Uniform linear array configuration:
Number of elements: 24
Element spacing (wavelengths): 1
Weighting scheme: binomial
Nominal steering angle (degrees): -30
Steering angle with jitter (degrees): -29.12
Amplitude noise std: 0.05
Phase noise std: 0.05

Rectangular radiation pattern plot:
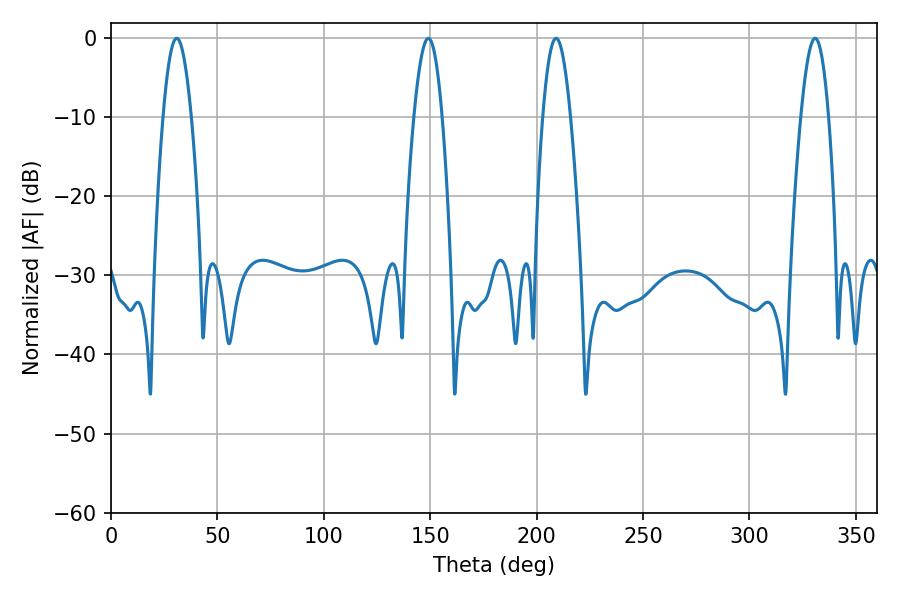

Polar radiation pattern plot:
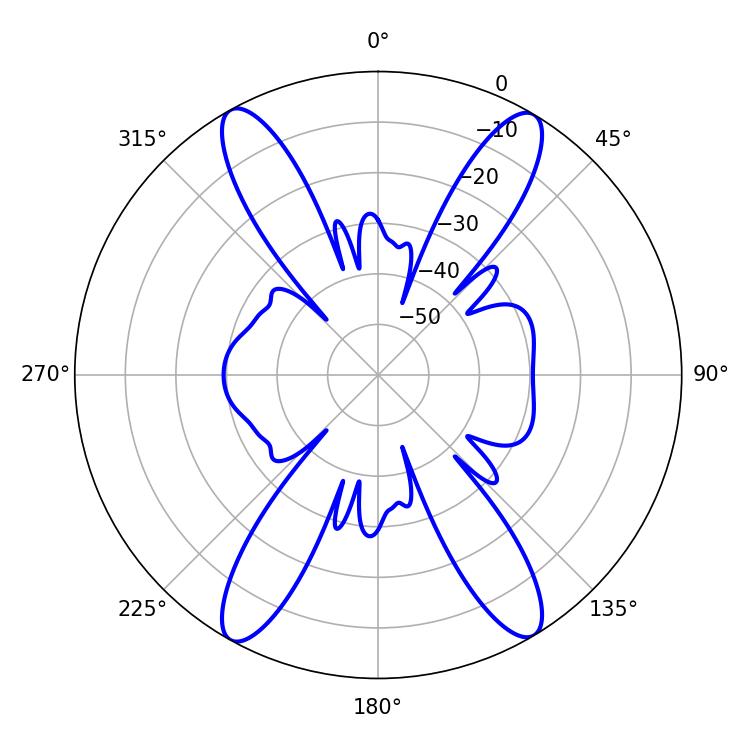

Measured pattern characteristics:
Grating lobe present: TRUE
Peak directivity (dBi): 23.054
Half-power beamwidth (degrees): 7.02
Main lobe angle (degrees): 209.16